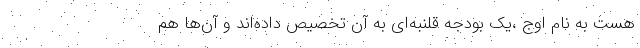
هست به نام اوج ،یک بودجه قلنبه‌ای به آن تخصیص داده‌اند و آن‌ها هم